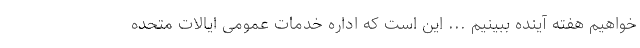
خواهیم هفته آینده ببینیم ... این است که اداره خدمات عمومی ایالات متحده